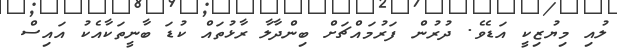
ލުއި މިޔުޒިކީ އަޑެވެ. ދުރުން ފަރުމައްޗަށް ބިންދާލާ ރާޅުތައް ކުޑަ ބާނީތަކާއެކު އައިސް